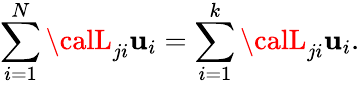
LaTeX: \sum_{i=1}^{N}{\calL}_{ji}\mathbf{u}_{i}=\sum_{i=1}^{k}{\calL}_{ji}\mathbf{u}_{i}.